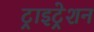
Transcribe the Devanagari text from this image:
ट्राइट्रेशन